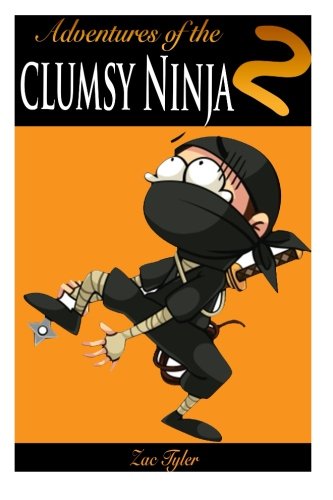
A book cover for Adventures Of The Clumsy Ninja 2: Hilarious Adventure Kids Ages 6 - 12; Zac Tyler; Children's Books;